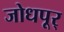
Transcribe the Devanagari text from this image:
जोधपूर्